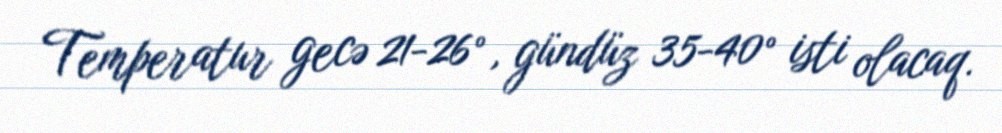
Temperatur gecə 21-26°, gündüz 35-40° isti olacaq.